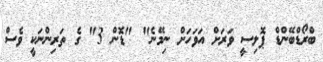
ބްރޯޑްބޭންޑް ޕޮލިސީ ވަރަށް އަވަހަށް ނިމޭނެ" "ޑޮން 3" ގެ ތަރިންނަކީ ވެސް